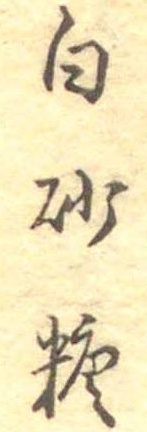
白砂糖